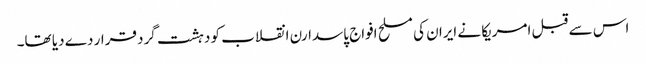
اس سے قبل امریکا نے ایران کی مسلح افواج پاسدارن انقلاب کو دہشت گرد قرار دے دیا تھا۔